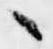
々